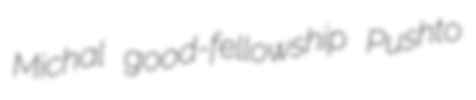
Michal good-fellowship Pushto